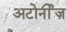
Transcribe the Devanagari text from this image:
अटोर्नीज़